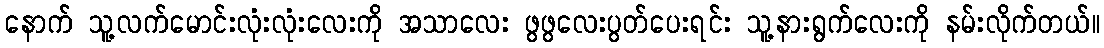
နောက် သူ့လက်မောင်းလုံးလုံးလေးကို အသာလေး ဖွဖွလေးပွတ်ပေးရင်း သူ့နားရွက်လေးကို နမ်းလိုက်တယ်။